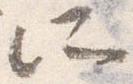
所